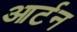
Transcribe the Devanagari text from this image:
आर्टन